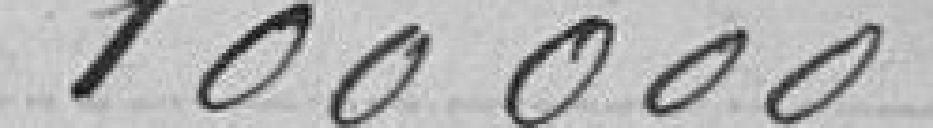
100000